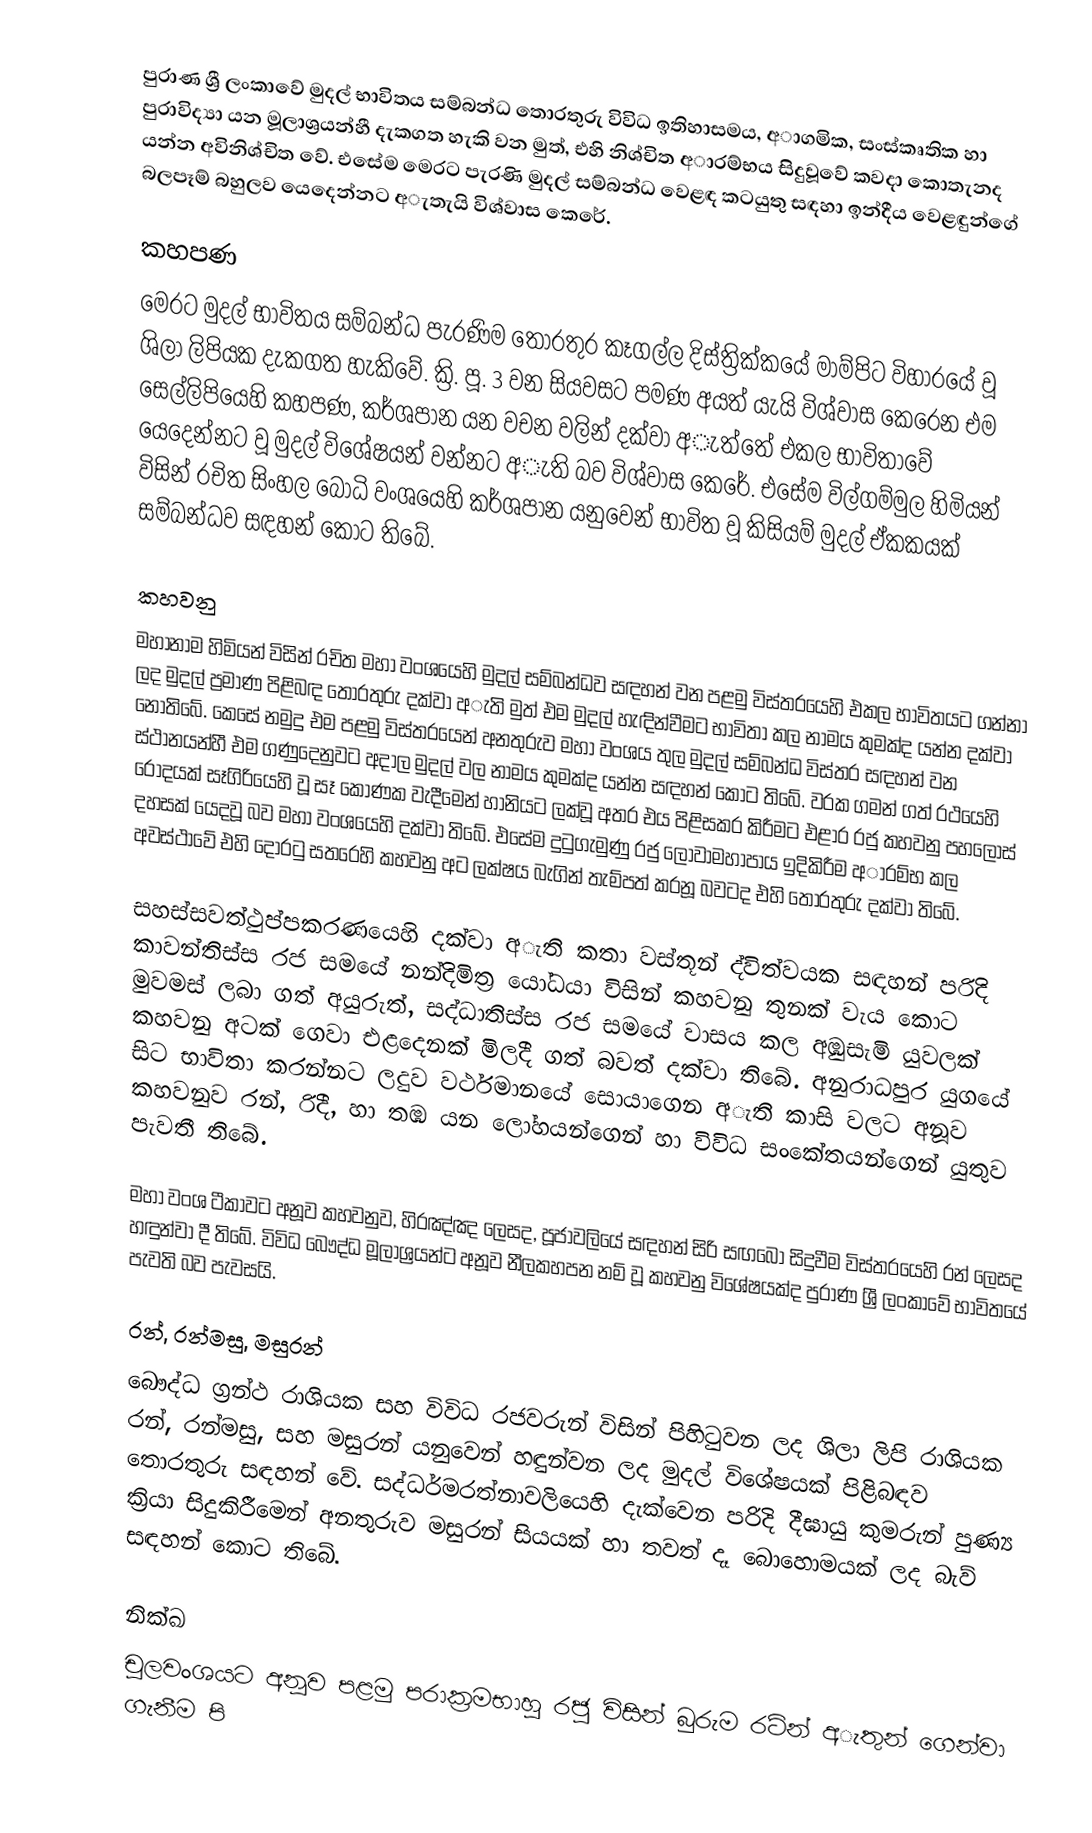
පුරාණ ශ්‍රී ලංකාවේ මුදල් භාවිතය සම්බන්ධ තොරතුරු විවිධ ඉතිහාසමය, අාගමික, සංස්කෘතික හා පුරාවිද්‍යා යන මූලාශ්‍රයන්හී දැකගත හැකි වන මුත්, එහි නිශ්චිත අාරම්භය සිදුවූවේ කවදා කොතැනද යන්න අවිනිශ්චිත වේ. එසේම මෙරට පැරණි මුදල් සම්බන්ධ වෙළඳ කටයුතු සඳහා ඉන්දීය වෙළඳුන්ගේ බලපෑම් බහුලව යෙදෙන්නට අැතැයි විශ්වාස කෙරේ.

කහපණ
මෙරට මුදල් භාවිතය සම්බන්ධ පැරණිම තොරතුර කෑගල්ල දිස්ත්‍රික්කයේ මාම්පිට විහාරයේ වූ ශිලා ලිපියක දැකගත හැකිවේ. ක්‍රි. පූ. 3 වන සියවසට පමණ අයත් යැයි විශ්වාස කෙරෙන එම සෙල්ලිපියෙහි කහපණ, කර්ශපාන යන වචන වලින් දක්වා අැත්තේ එකල භාවිතාවේ යෙදෙන්නට වූ මුදල් විශේෂයන් වන්නට අැති බව විශ්වාස කෙරේ. එසේම විල්ගම්මුල හිමියන් විසින් රචිත සිංහල බෝධි වංශයෙහි කර්ශපාන යනුවෙන් භාවිත වූ කිසියම් මුදල් ඒකකයක් සම්බන්ධව සඳහන් කොට තිබේ.

කහවනු
මහානාම හිමියන් විසින් රචිත මහා වංශයෙහි මුදල් සම්බන්ධව සඳහන් වන පළමු විස්තරයෙහි එකල භාවිතයට ගන්නා ලද මුදල් ප්‍රමාණ පිළිබඳ තොරතුරු දක්වා අැති මුත් එම මුදල් හැඳින්වීමට භාවිතා කල නාමය කුමක්ද යන්න දක්වා නොතිබේ. කෙසේ නමුදු එම පළමු විස්තරයෙන් අනතුරුව මහා වංශය තුල මුදල් සම්බන්ධ විස්තර සඳහන් වන ස්ථානයන්හී එම ගණුදෙනුවට අදාල මුදල් වල නාමය කුමක්ද යන්න සඳහන් කොට තිබේ. වරක ගමන් ගත් රථයෙහි රෝදයක් සෑගිරියෙහි වූ සෑ කොණක වැදීමෙන් හානියට ලක්වූ අතර එය පිළිසකර කිරීමට එළාර රජු කහවනු පහලොස් දහසක් යෙදවූ බව මහා වංශයෙහි දක්වා තිබේ. එසේම දුටුගැමුණු රජු ලෝවාමහාපාය ඉදිකිරීම අාරම්භ කල අවස්ථාවේ එහි දොරටු සතරෙහි කහවනු අට ලක්ෂය බැගින් තැම්පත් කරනූ බවටද එහි තොරතුරු දක්වා තිබේ.

සහස්සවත්ථුප්පකරණයෙහි දක්වා අැති කතා වස්තූන් ද්විත්වයක සඳහන් පරිදි කාවන්තිස්ස රජ සමයේ නන්දිමිත්‍ර යෝධයා විසින් කහවනු තුනක් වැය කොට මුවමස් ලබා ගත් අයුරුත්, සද්ධාතිස්ස රජ සමයේ වාසය කල අඹුසැමි යුවලක් කහවනු අටක් ගෙවා එළදෙනක් මිලදී ගත් බවත් දක්වා තිබේ. අනුරාධපුර යුගයේ සිට භාවිතා කරන්නට ලදුව වර්ථමානයේ සොයාගෙන අැති කාසි වලට අනූව කහවනුව රන්, රිදී, හා තඹ යන ලෝහයන්ගෙන් හා විවිධ සංකේතයන්ගෙන් යුතුව පැවතී තිබේ.

මහා වංශ ටීකාවට අනූව කහවනුව, හිරඤ්ඤ ලෙසද, පූජාවලියේ සඳහන් සිරි සඟබෝ සිදුවීම විස්තරයෙහි රන් ලෙසද හඳුන්වා දී තිබේ. විවිධ බෞද්ධ මූලාශ්‍රයන්ට අනූව නීලකහපන නම් වූ කහවනු විශේෂයක්ද පුරාණ ශ්‍රී ලංකාවේ භාවිතයේ පැවති බව පැවසයි.

රන්, රන්මසු, මසුරන්
බෞද්ධ ග්‍රන්ථ රාශියක සහ විවිධ රජවරුන් විසින් පිහිටුවන ලද ශිලා ලිපි රාශියක රන්, රන්මසු, සහ මසුරන් යනුවෙන් හඳුන්වන ලද මුදල් විශේෂයක් පිළිබඳව තොරතුරු සඳහන් වේ. සද්ධර්මරත්නාවලියෙහි දැක්වෙන පරිදි දීඝායු කුමරුන් පුණ්‍ය ක්‍රියා සිදුකිරීමෙන් අනතුරුව මසුරන් සියයක් හා තවත් දෑ බොහොමයක් ලද බැව් සඳහන් කොට තිබේ.

නික්ඛ
චූලවංශයට අනූව පළමු පරාක්‍රමභාහු රජු විසින් බුරුම රටින් අැතුන් ගෙන්වා ගැනීම පි